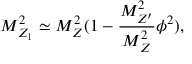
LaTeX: M _ { Z _ { 1 } } ^ { 2 } \simeq M _ { Z } ^ { 2 } ( 1 - \frac { M _ { Z ^ { \prime } } ^ { 2 } } { M _ { Z } ^ { 2 } } \phi ^ { 2 } ) , \qquad